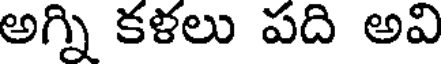
అగ్ని కళలు పది అవి